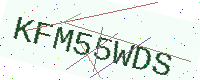
Text: KFM55WDS